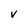
Character: v